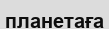
планетаға